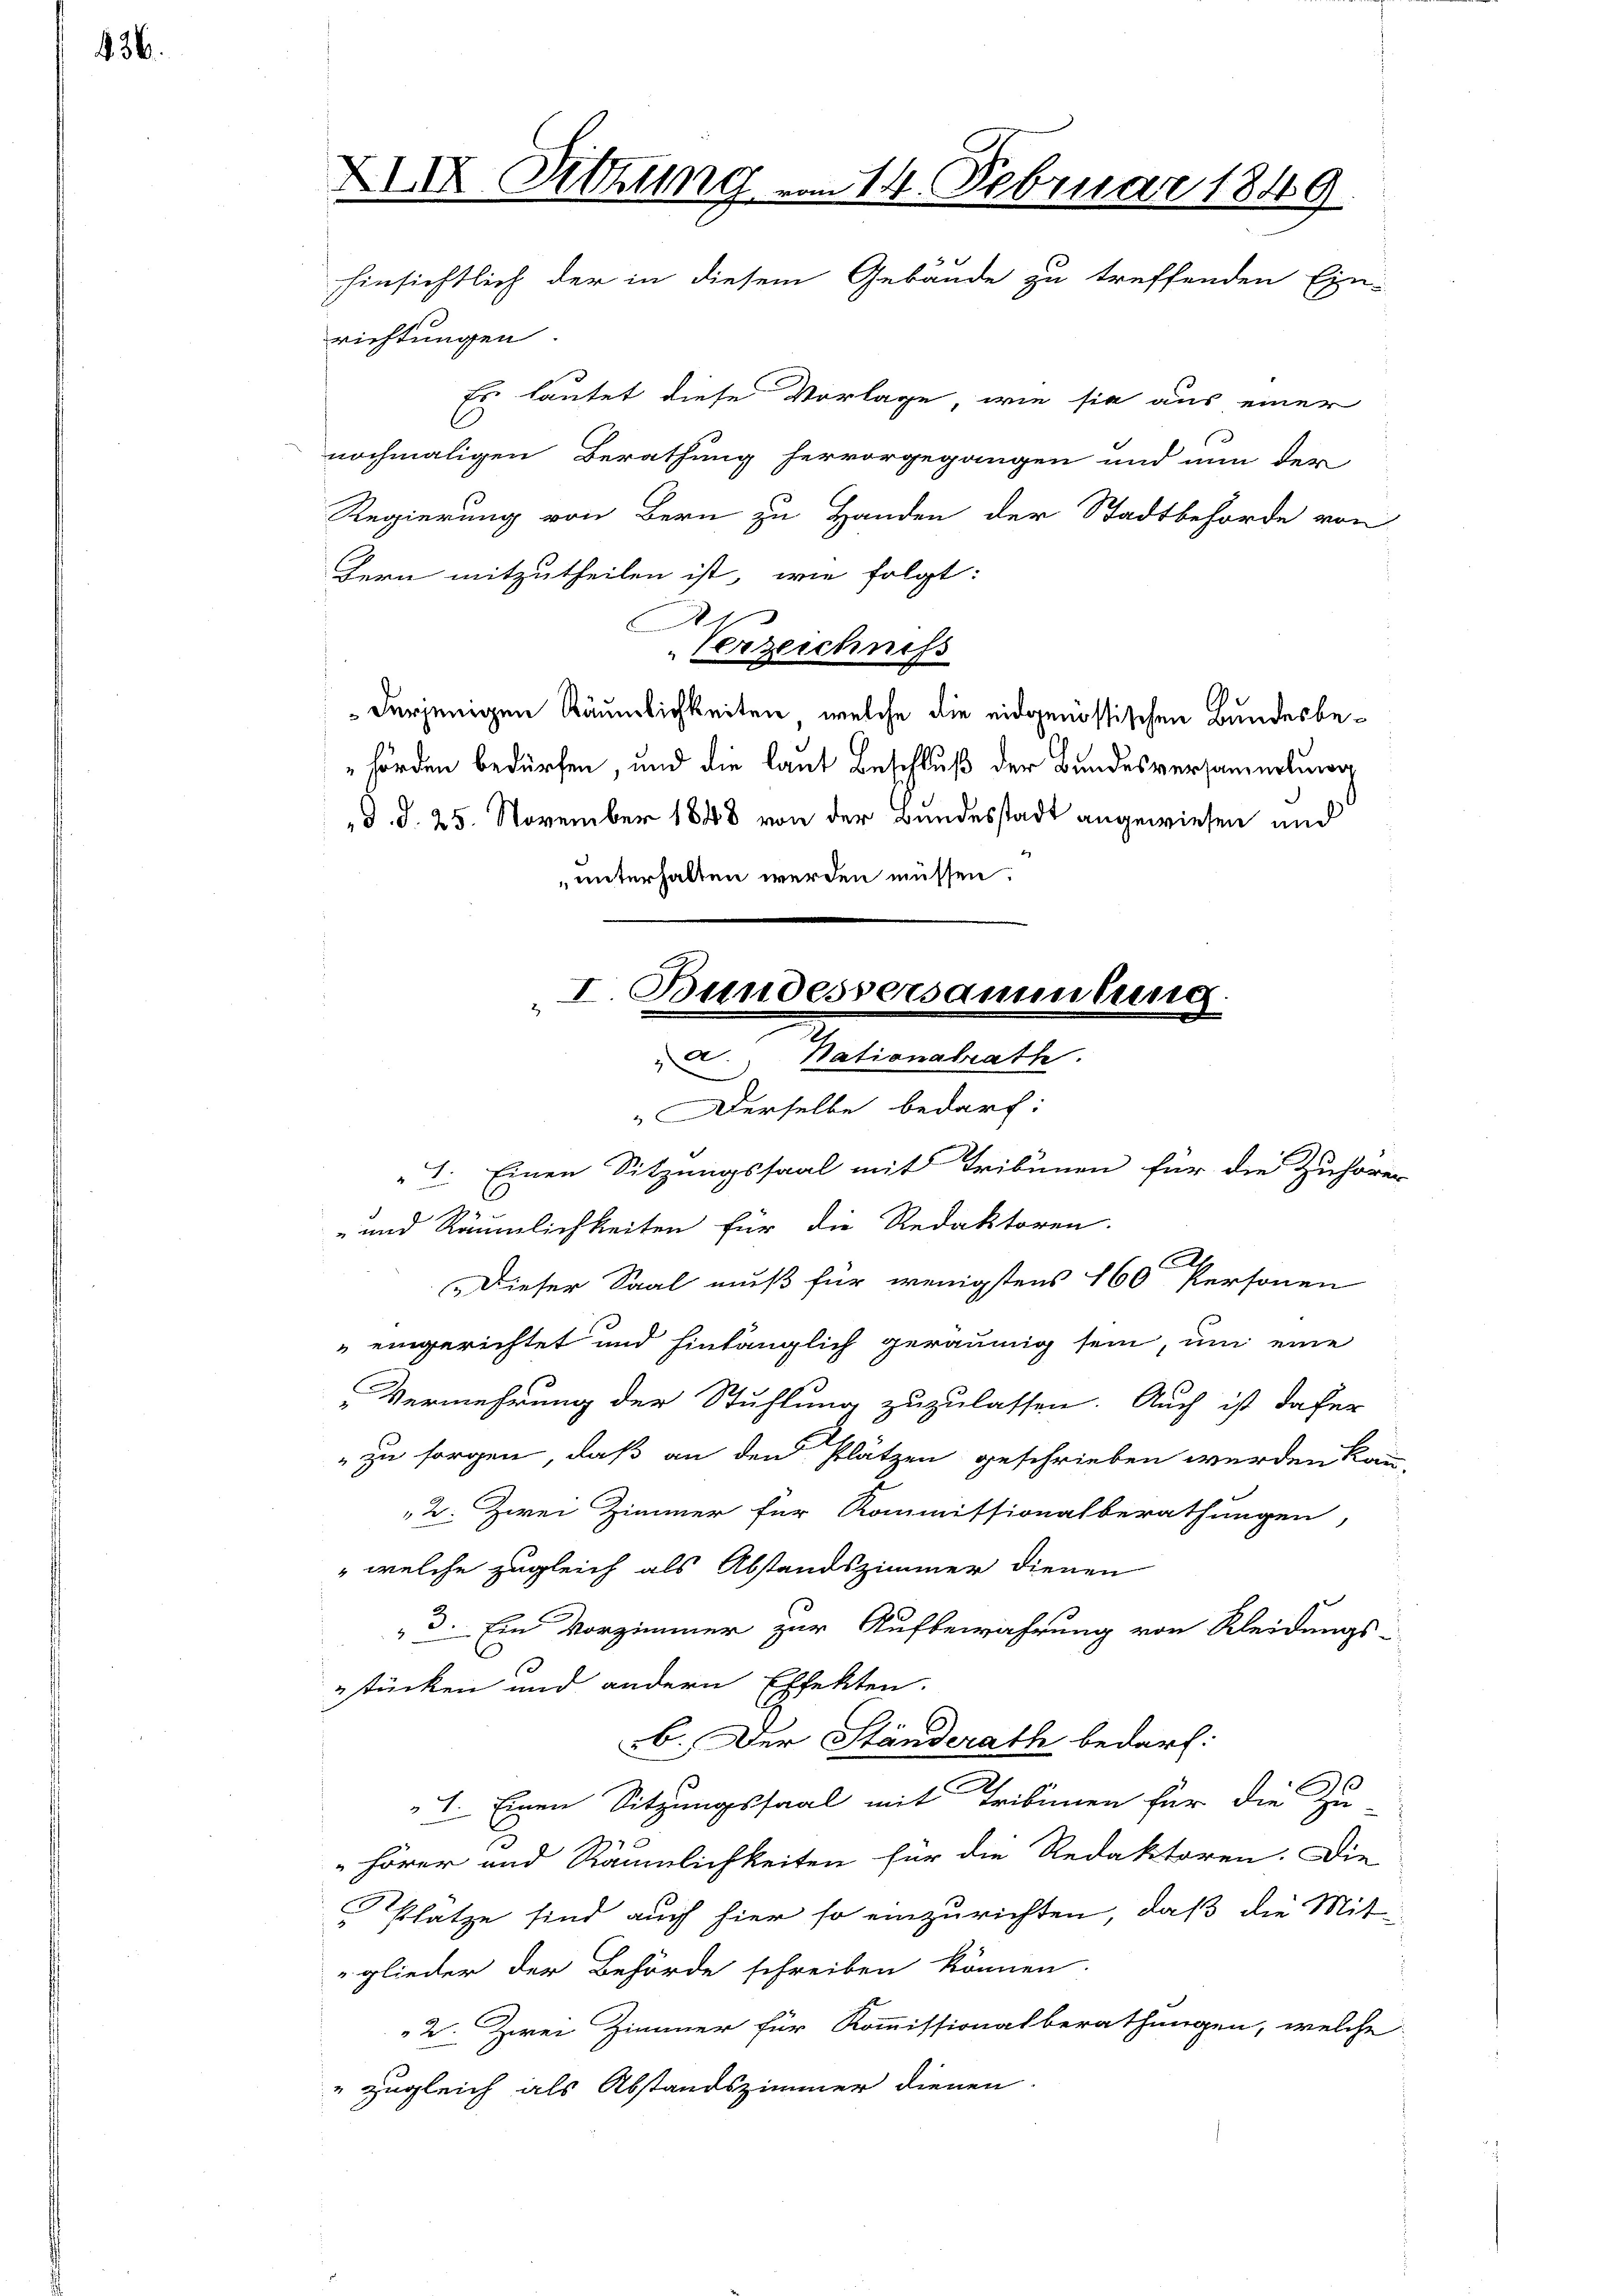
36.

XIX. Sitzung vom 14. Februar 1849
2
hinsichtlich der in diesem Gebäude zu treffenden Ein-

richtungen.
Es lautet diese Vorlage, wie sie aus einer
nochmaligen Berathung hervorgegangen und nun der
Regierung von Bern zu Handen der Stadtbehörde von
Bern mitzutheilen ist, wie folgt:
A
Verzeichniss
derjenigen Räumlichkeiten, welche die eidgenössischen Bundesbehörden bedürfen, und die laut Beschluß der Bundesversammlung
d. d. 25. November 1848 von der Bundesstadt angewiesen und
unterhalten werden müssen.

I. Bundessersammlung
ven Petenthalte

Derselbe bedarf:
I. Einen Sitzungssaal mit Tribünen für die Zuhörer
-und Räumlichkeiten für die Redaktoren.
E
Dieser Saal muß für wenigstens 160 Personen
" eingerichtet und hinlänglich geräumig sein, um eine
Vermehrung der Stuhlung zuzulassen. Auch ist dafür
"zu sorgen, daß an den Plätzen geschrieben werden kann,
2. Zwei Zimmer für Kommissionalberathungen,
" welche zugleich als Abstandszimmer dienen
3. Ein Vorzimmer zur Aufbewahrung von Kleidungs-
estücken und andern Effekten.
b. Der Ständerath bedarf.
1. Einen Sitzungssaal mit Tribünen für die Zu-
.
hörer und Räumlichkeiten für die Redaktoren. Die
Platze sind auch hier so einzurichten, daß die Mitglieder der Behörde schreiben können.
2. Zwei Zimmer für Kommissionalberathungen, welche
" zugleich als Abstandszimmer dienen.